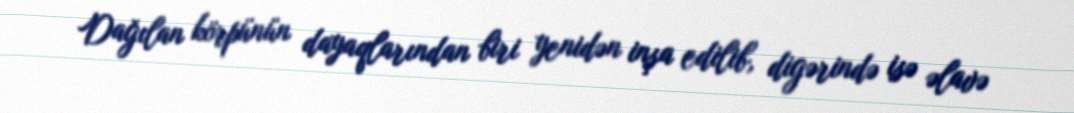
Dağılan körpünün dayaqlarından biri yenidən inşa edilib, digərində isə əlavə